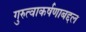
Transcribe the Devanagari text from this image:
गुरुत्वाकर्षणाबद्दल